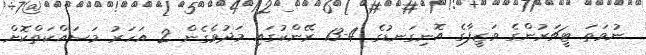
ނުވަތަ ޓީޗަރުންގެ ވަޒީފާގެ އޮނިގަނޑުގެ 4-13 ރޭންކުގައި މަދުވެގެން 2 އަހަރު މަސައްކަތްކޮށް